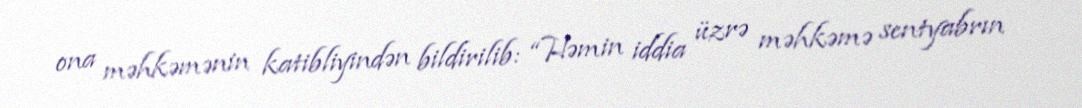
ona məhkəmənin katibliyindən bildirilib: “Həmin iddia üzrə məhkəmə sentyabrın